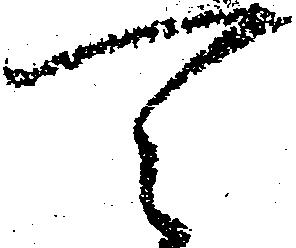
可